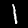
Label: 1